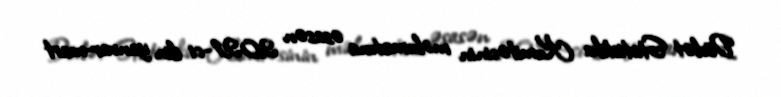
Dövlət Statistika Komitəsinin məlumatına əsasən 2021-ci ilin yanvar-mart